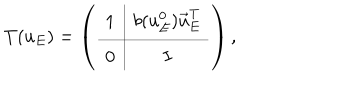
T ( u _ { E } ) = \left( \begin{array} { c | c } { { 1 } } & { { b ( u _ { E } ^ { 0 } ) \vec { u } _ { E } ^ { \mathrm { T } } } } \\ \hline { { 0 } } & { { I } } \\ \end{array} \right) ,